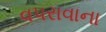
વપરાવાના